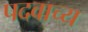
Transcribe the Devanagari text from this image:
पदवाच्य